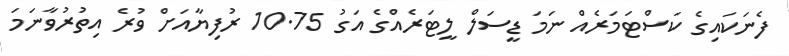
ފެނަކައިގެ ކަސްޓަމަރެއް ނަމަ ޑީސަލް ލީޓަރެއްގެ އަގު 10.75 ރުފިޔާއަށް ވުރެ އިތުރުވާނަމަ